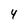
Character: 4